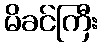
မိခင်ကြီး